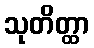
သုတိတ္ထာ